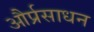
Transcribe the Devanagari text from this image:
और्प्रसाधन